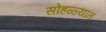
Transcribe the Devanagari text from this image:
सोहळ्यांत